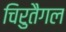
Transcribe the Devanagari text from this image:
चिरुतैगल